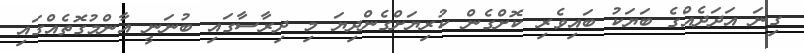
ގިނަ އަދަދެއްގެ ބަޔަކު ބައިވެރި ކޮށްގެން ކުރިޔަށްގެންދިޔަ މި ދިރާސާގައި ބުނަނީ އާންމުގޮތެއްގައި